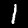
Digit: 1